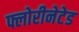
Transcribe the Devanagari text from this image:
फ्लोरीनेटेड